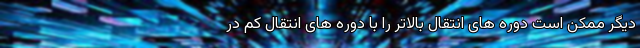
دیگر ممکن است دوره های انتقال بالاتر را با دوره های انتقال کم در